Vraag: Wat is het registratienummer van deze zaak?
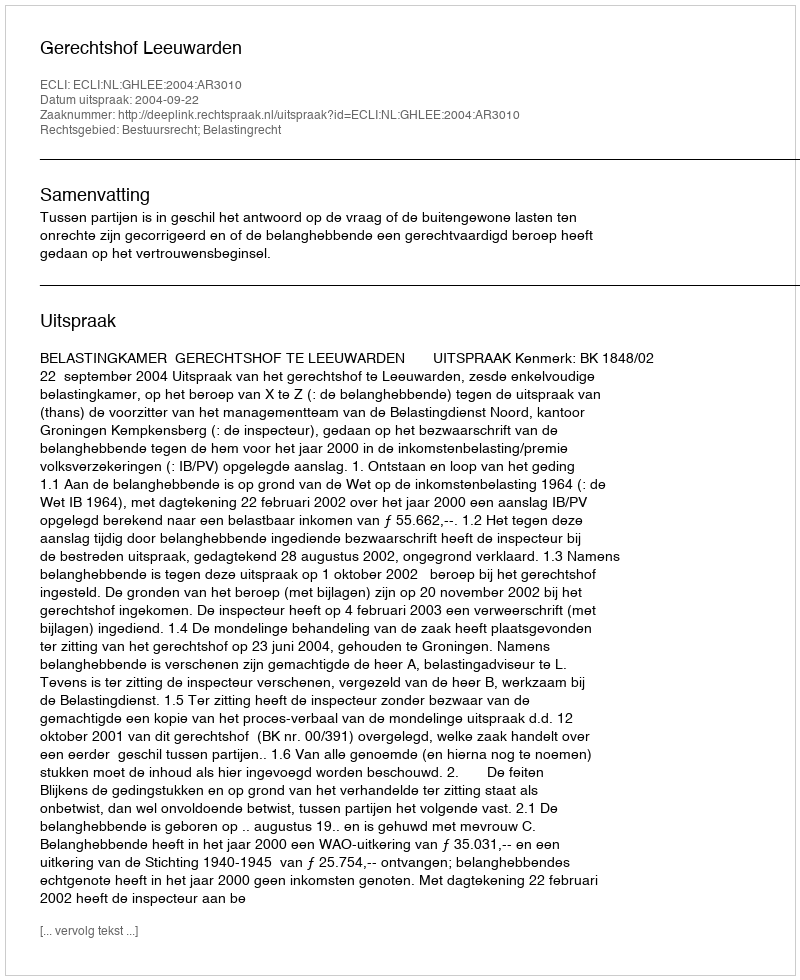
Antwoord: http://deeplink.rechtspraak.nl/uitspraak?id=ECLI:NL:GHLEE:2004:AR3010